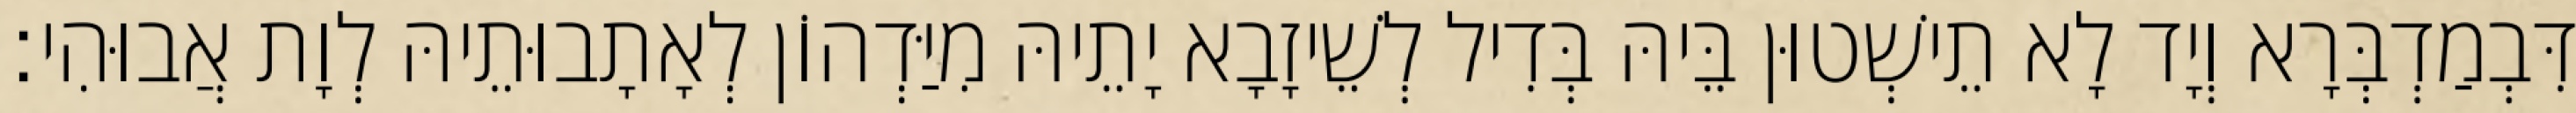
דִּבְמַדְבְּרָא וְיָד לָא תֵישְׁטוּן בֵּיהּ בְּדִיל לְשֵׁיזָבָא יָתֵיהּ מִיַּדְהוֹן לְאָתָבוּתֵיהּ לְוָת אֲבוּהִי׃